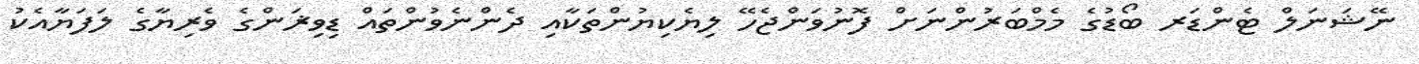
ނޭޝަނަލް ޓެންޑަރ ބޯޑުގެ މެމްބަރުންނަށް ފޮނުވަންޖެހޭ ލިޔެކިޔުންތަކާއި ދެންނެވުންތައް ޑިވިޜަންގެ ވެރިޔާގެ ލަފަޔާއެކު